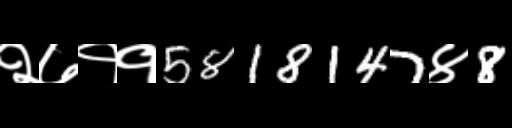
Text: २७११5818147४8